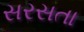
સરસતા